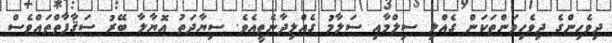
ދިވެހިންގެ ދިވެހިވަންތަކަން ގެއްލި ސިލްމާއި ސަލާމު ގެއްލިދާނެތީއެވެ. ސިޔާދަތު އޮޔާލާ ބޭރު ސަޤާފާތްތައްވެސް